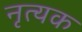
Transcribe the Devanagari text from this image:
नृत्यक